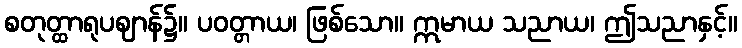
စတုတ္ထာရုပဈာန်၌။ ပဝတ္တာယ၊ ဖြစ်သော။ ဣမာယ သညာယ၊ ဤသညာနှင့်။